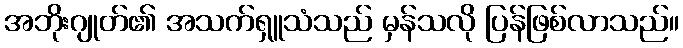
အဘိုးဂျုတ်၏ အသက်ရှူသံသည် မှန်သလို ပြန်ဖြစ်လာသည်။